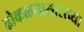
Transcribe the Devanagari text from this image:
ढोकळयासारख्या